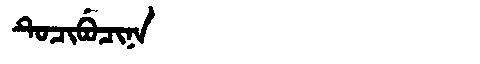
Manchu: ᡨᡠᠴᡳᠪᡠᠴᡳᠨᠠ
Romanization: TUCIBUCINA